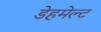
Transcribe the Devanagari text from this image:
डेहमेल्ट